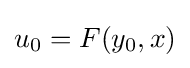
u_{0}=F(y_{0},x)